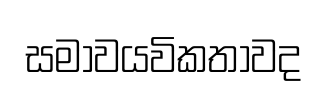
සමාවයවිකතාවද